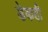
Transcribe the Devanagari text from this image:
डेकही